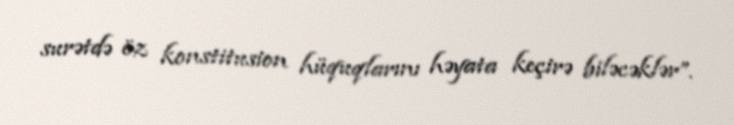
surətdə öz konstitusion hüquqlarını həyata keçirə biləcəklər”.